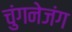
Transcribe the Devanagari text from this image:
चुंगनेजंग